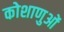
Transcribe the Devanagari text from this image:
कोशाणुओं